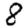
Digit: 8